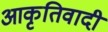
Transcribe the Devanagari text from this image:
आकृतिवादी